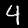
Digit: 4